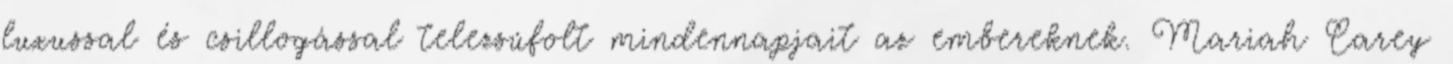
luxussal és csillogással telezsúfolt mindennapjait az embereknek. Mariah Carey